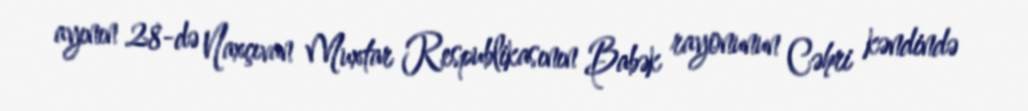
ayının 28-də Naxçıvan Muxtar Respublikasının Babək rayonunun Cəhri kəndində